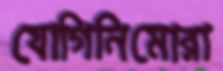
যোগিনিমোরা